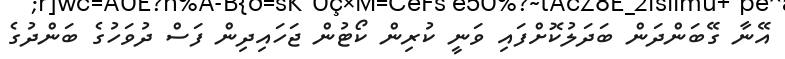
އޭނާ ގޭބަންދަން ބަދަލުކޮށްފައި ވަނީ ކުރިން ކޯޓުން ޖަހައިދިން ފަސް ދުވަހުގެ ބަންދުގެ